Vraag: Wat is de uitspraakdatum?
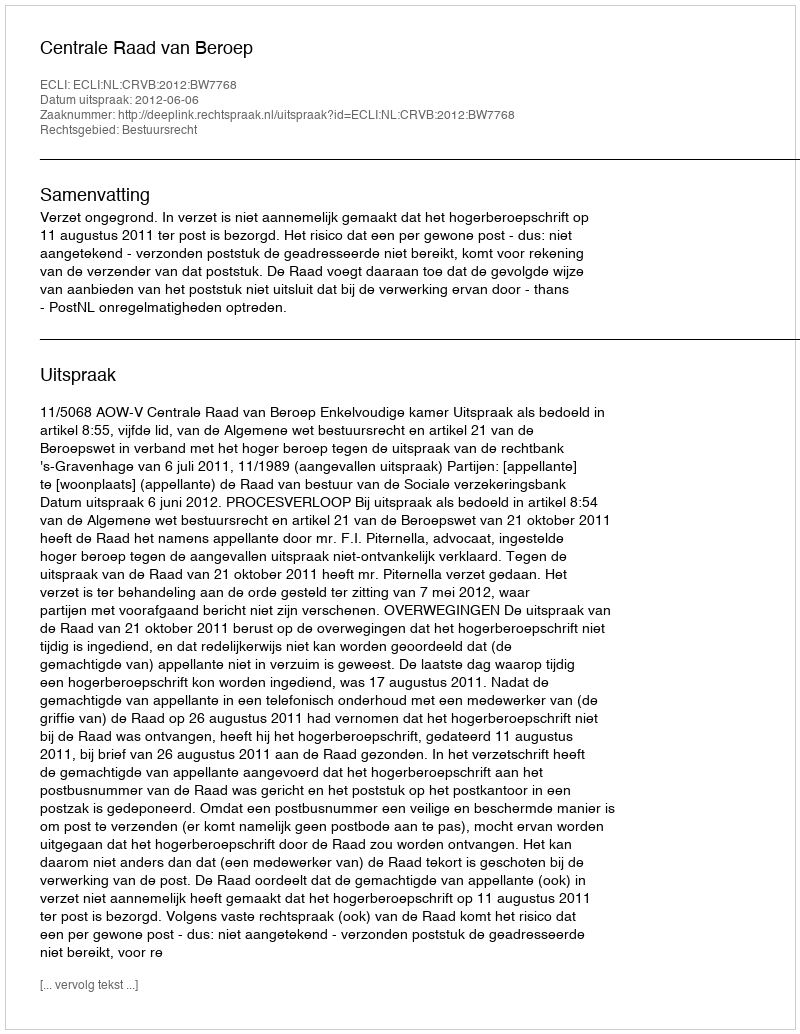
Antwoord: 2012-06-06